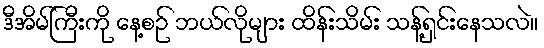
ဒီအိမ်ကြီးကို နေ့စဉ် ဘယ်လိုများ ထိန်းသိမ်း သန့်ရှင်းနေသလဲ။